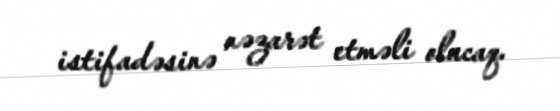
istifadəsinə nəzarət etməli olacaq.